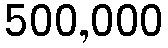
500,000